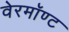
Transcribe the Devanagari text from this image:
वेरमॉण्ट